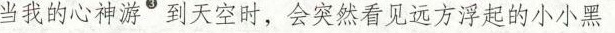
当我的心神游^{③}到天空时，会突然看见远方浮起的小小黑